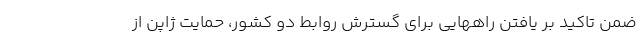
ضمن تاکید بر یافتن راههایی برای گسترش روابط دو کشور، حمایت ژاپن از